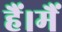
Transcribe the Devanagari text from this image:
हैं।मैं